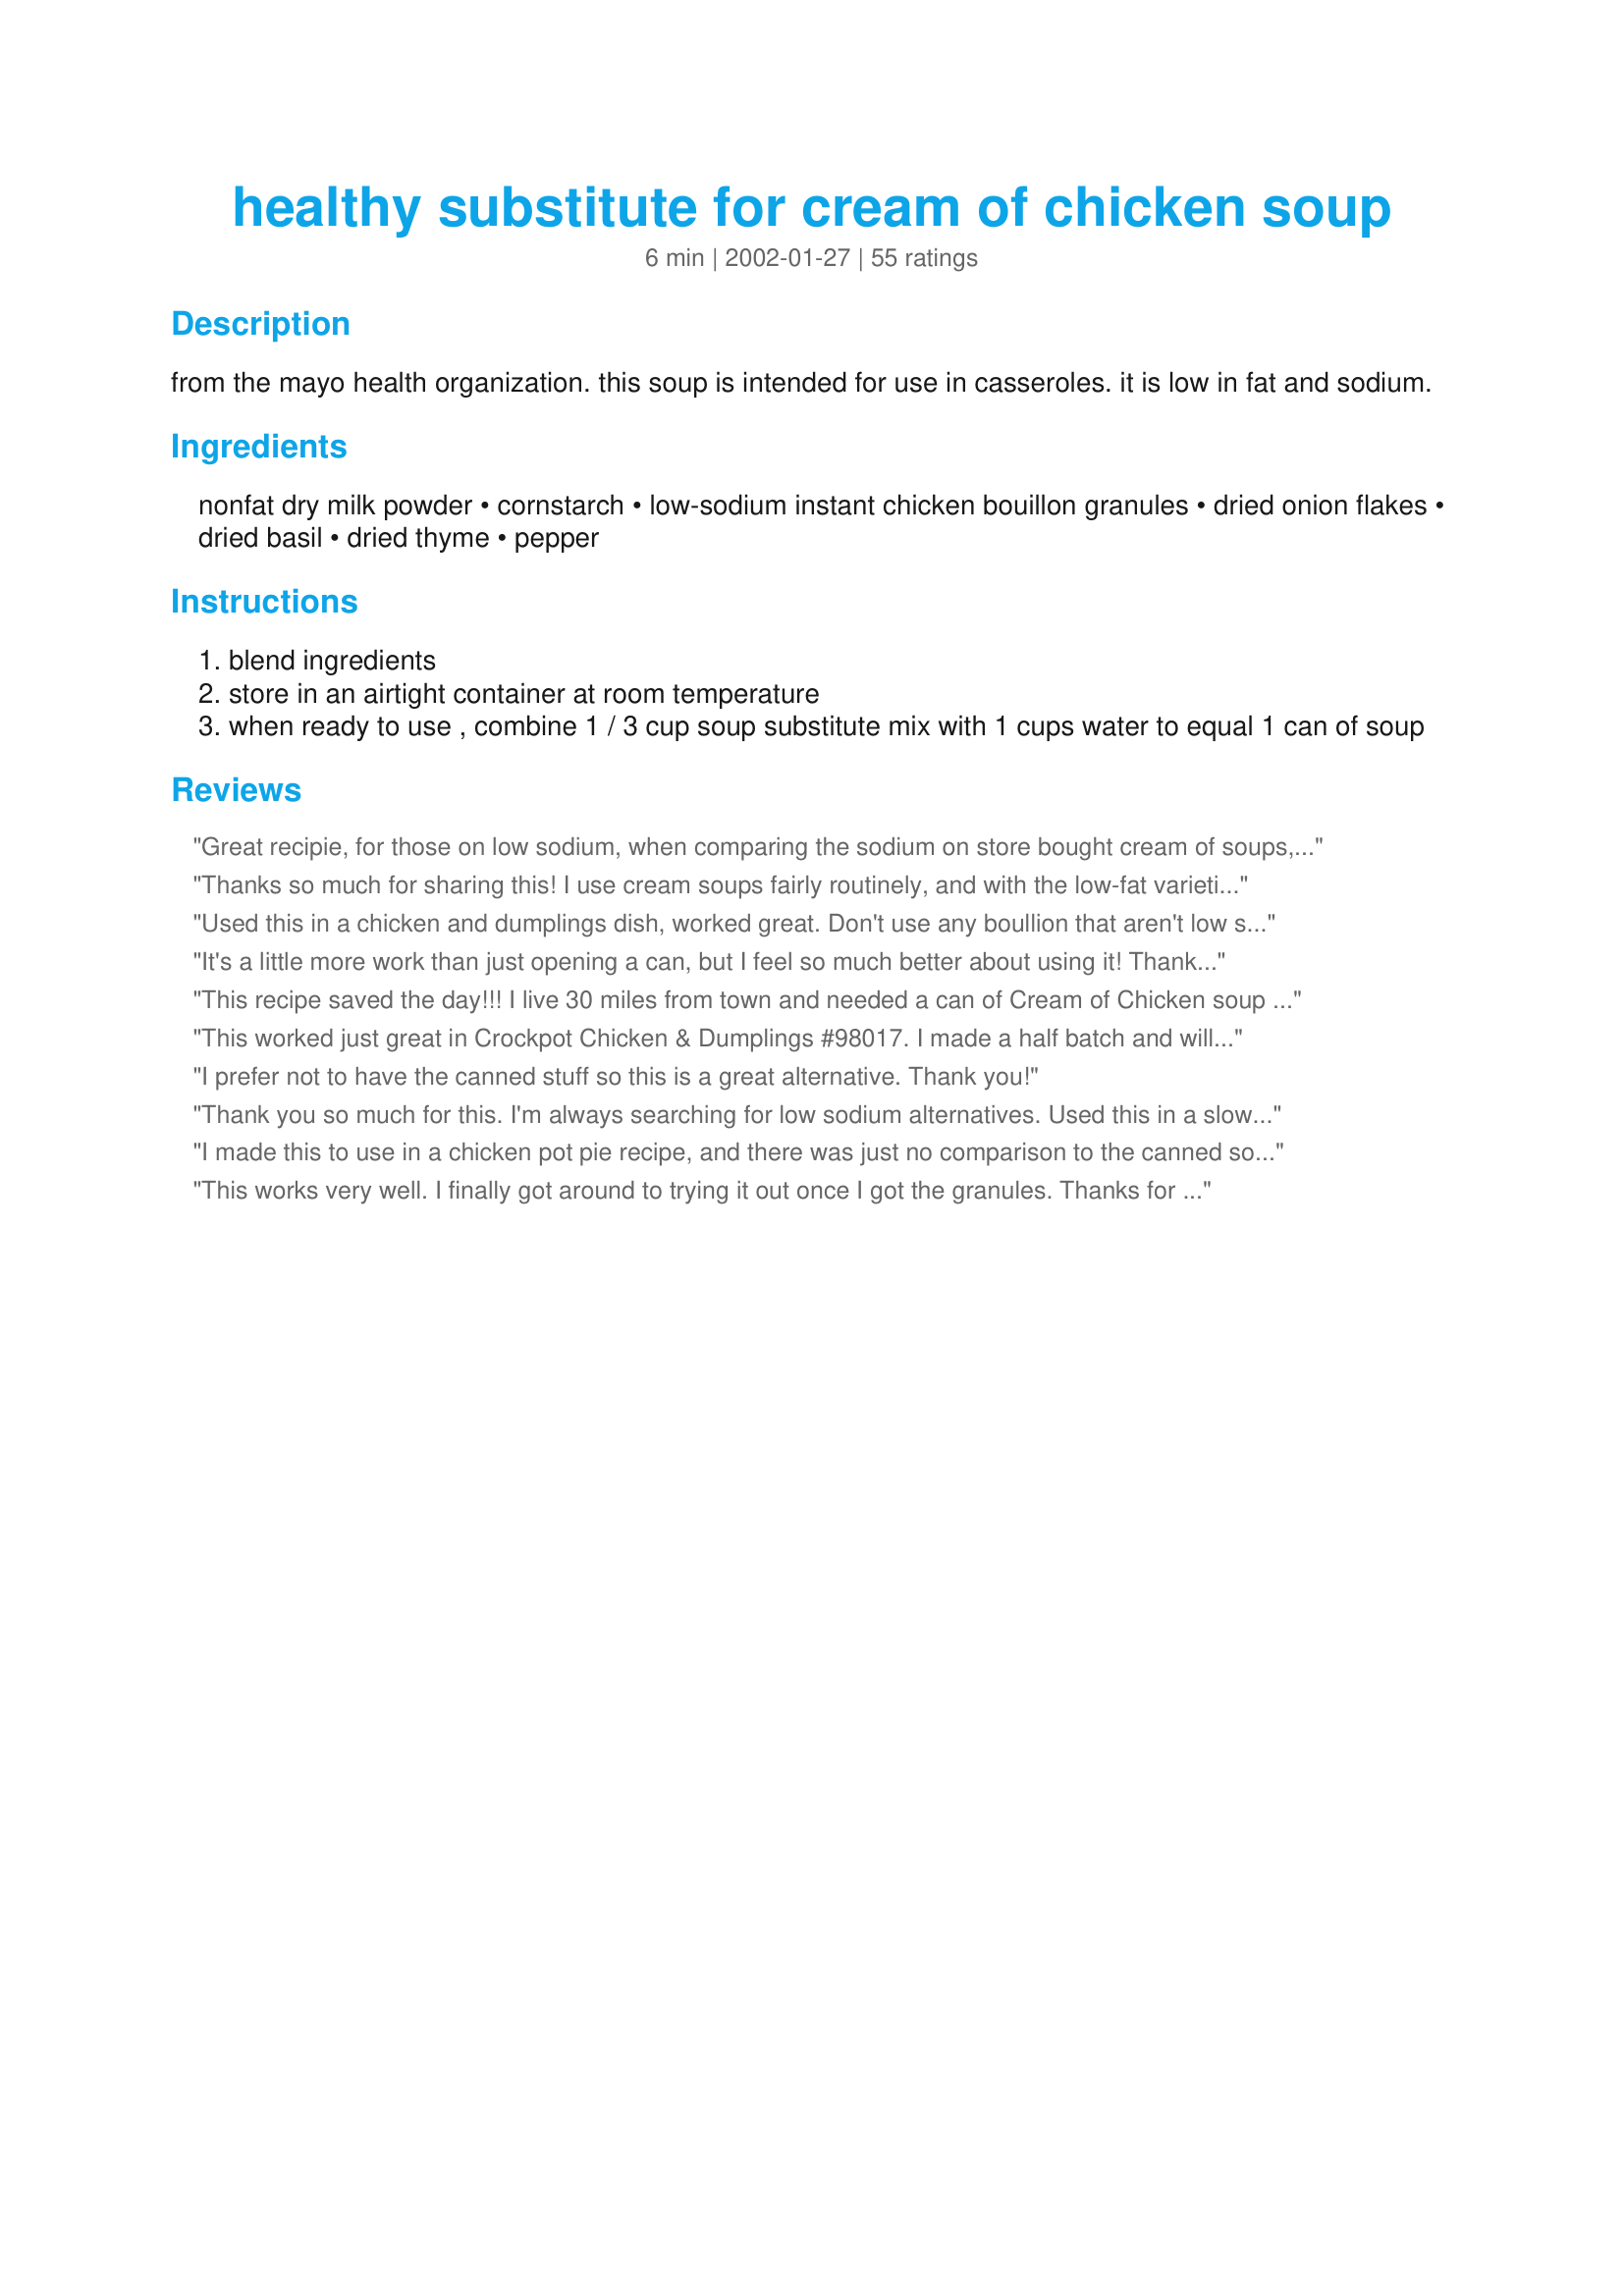
healthy substitute for cream of chicken soup
Preparation time: 6 minutes

from the mayo health organization. this soup is intended for use in casseroles. it is low in fat and sodium.

Ingredients:
nonfat dry milk powder, cornstarch, low-sodium instant chicken bouillon granules, dried onion flakes, dried basil, dried thyme, pepper

Steps:
blend ingredients
store in an airtight container at room temperature
when ready to use , combine 1 / 3 cup soup substitute mix with 1 cups water to equal 1 can of soup

Reviews:
Great recipie, for those on low sodium, when comparing the sodium on store bought cream of soups, and this I use it often. IT has allowed me to add alot of my old recipies back to our now low sodium diets, Thanks for posting...its absolutely wonderful.
Thanks so much for sharing this! I use cream soups fairly routinely, and with the low-fat varieties reaching nearly $1 per can, I'm really happy to have a cost-effective substitute. Plus, this version worked great in a casserole recipe recently. Thanks again!
Used this in a chicken and dumplings dish, worked great. Don't use any boullion that aren't low sodium it will be to salty.
It's a little more work than just opening a can, but I feel so much better about using it! Thanks for sharing!
This recipe saved the day!!! I live 30 miles from town and needed a can of Cream of Chicken soup for my recipe for company. I only made 1/6 of the recipe for one can of soup because I was short on boullion granuals to make the whole recipe. I will buy the ingredients to have this in my pantry from now on.
This worked just great in Crockpot Chicken & Dumplings #98017. I made a half batch and will use it whenever I need canned cream of chicken soup!
I prefer not to have the canned stuff so this is a great alternative. Thank you!
Thank you so much for this. I'm always searching for low sodium alternatives. Used this in a slow cooker chicken recipe and it turned out great. So easy - very happy to have this on hand.
I made this to use in a chicken pot pie recipe, and there was just no comparison to the canned soup. This was so much fresher and had none of the processed, chemical-ly quality that I taste in canned soup. The next time I use it in a pie, I will cut back the water just a little bit since it was a bit too watery. (I think this was a problem with my pie recipe, and not this one.) I'll use this often!
This works very well. I finally got around to trying it out once I got the granules. Thanks for this recipe. It will go into my perm. file, and I will use it when I want to try any creamy dishes that call for that :-O canned stuff! hehe Thanks again!!!!
I made a batch up, but used homemade low sodium bouillon (it contains nutritional yeast for flavor). I also added 2 Tbl of home dried chopped white mushrooms. After making it up and doing a test run of one can worth, I decided it needed about 2 more Tbl of the bullion added to the master mix.
Otherwise great mix! It works well for doing backpacking meals, and lets me stay on my low sodium diet.
Thanks!
I needed cream of chicken soup for a crockpot recipe and I knew I didn't have any,so I came to "Zaar" to do a search. And came across this recipe, cut it down to make just one can. Worked great for the recipe that it was needed for. R.I.P. Miller. :)
I don't like recipes that contain condensed canned soups because I don't keep it on hand. Sometimes I will break down and buy a can or two if I really want to try out a recipe, but now that I have found this... never again! I always have all these ingredients on hand and I can just whip up a batch whenever I need it. I like the fact that I can adjust the seasonings to our tastes and it can easily be made into a cream of mushroom by throwing in some sauteed mushrooms. Thanks for a tasty and economical solution to my condensed soup dilemma!!!
Work great. I hate the canned stuff, so this was perfect.
WOW! This is a keeper. I put the water and dry mix together into a Tupperware gravy shaker and then cooked/whisked together until thick; then used in a casserole recipe. Don't think I will ever purchase the canned stuff again (sorry Campbells!!). Thanks for posting.
I make alot of my own spice mixes and seasonings. I was glad to add this to my list,I will never have to run to the store for a cream soup again. Thank U for listing this recipe...
Not too shabby!
I really don't enjoy using canned cream of whatever soups, the consistency of them just really turns me off. So I was really pleased to find this recipe, and I used it to make No Cheese Whiz Broccoli Rice Casserole #105080.
One thing to remember; when you use this mix, you're pretty much removing all salt (and the flavor it provides) from the dish you're making, so you might want to adjust accordingly. That said, I'm pretty sure I'll be using this recipe again. Thanks!
Used this in a casserole and did not reconstitute it first. Great to know it is better for us and still gives that flavor needed in such things. Thanks for sharing!
Cheap, easy and you have everything you need in the cupboard. I used this to make a soup that needed a can of cream of chicken and it was just fine. I need to remember it for the future--I'm sure there are a lot of places this can be substituted.
This is what I have been looking for. I always have some in stock. I will never go back to Campbells again. I love being able to control the sodium by using no salt boullion (which isn't always easy to find), so I can still fix our favorite dinners using Canned soup just without all the salt, and the kids don't miss it at all. We are all happy. Thank you so much for sharing.
Used this in Recipe #54393 today and was very pleased! Much more appealing looking than the canned variety and undoubtedly healthier! Also, much easier to keep the dry ingredients on hand than the cans! I will definitely be using this again!
Oh, terrific stuff. I used it in some little shrimp pot pies for my freezer, which I haven't had in ages because the recipes all seem to want canned soup and/or heavy cream. This has solved that dilemma for me in a big way. Zippy and flavorful, and totally convenient to mix together. Thanks a ton, Mille.
This is the greatest stuff since sliced bread!! :-) I use it for everything I thicken my white clam sauce with it, I have made clam chowder with it, and continie to find all kinds of uses for it. I teach a cooking class at the university here (Continuing Ed. for Seniors)I give them all this recipe. It is so great because of the reduced sodium and fat. Thanks.
BTW; Do you cook it before you use it? I have done it both ways, byt maybe it does not need to be cooked at all? :-)
I can't believe that I have not rated this miracle staple in my pantry yet!!!! This is much better than the expensive canned stuff we have been using. My 9 yr. old and 10 yr. old like to lick the spoon, after it cools, of course. Thanks for posting such a good soup mix.
What a wonderful thing to have in your pantry for emergencies or every day use! I needed cream of chicken soup and had none. This recipe allowed me to make a favorite recipe in a jam. I love it and plan on giving the recipe to everyone in my family. Thank you for saving the day and posting this recipe!!!
This was awesome! I was halfway into making dinner when I realized the can of cream of chicken soup I thought was in the pantry had been used. Zaar saved me a trip to the store. It worked absolutely great. The only thing I will probably change next time is they thyme because I discovered my family doesn't particularly care for it. I will definitely be using this instead of the expensive & unhealthy canned versions.
I've been looking for a healthy alternative for all those "hot dishes" I make for my family. The only change I made was I left out the bouillon granules and replaced the water with organic beef broth (to skip some more additives and preservatives). It turned out so yummy! I even used it to replace the cream of mushroom soup in my mom's cheesy potatoes recipe and it worked wonderfully! Thanks for posting such a great recipe!
Thanks so much for posting this recipe. I am recovering from a heart attack and am revamping my recipes for no or very low sodium diet restriction and this recipe will be invaluable for all those yummy winter crock pot meals and casseroles for the holidays.
I tried this once and now it is a staple in my cupboard. I used it in a crockpot pork chop recipe that called for canned cream of chicken soup. It turned out great and it is so much better for you. Thanks!!!
this is awesome! i always keep a supply of this in my pantry now. it is so convenient to use (once it is made) and i can control how much i want to use - a little more or less than a can is no problem! and i feel so much better feeding this to my family. thanks a bunch, MilleÂ®!
This was so easy and made such a yummy addition to Recipe #126137. When my 9 month old son wanted a bite I didn't hesitate because of all the junk in canned soups. Hooray! I made half a batch and put it in a mason jar for storage...I'm sure I will keep refilling with whole batches as needed! Thanks so much for posting! Made for Healthy Choices 2008.
Another great item to have that I got from the Zaar! Cream of chicken is N/A here so this is really a life and time saver! I used it in a corn chowder instead of the milk. Thanks for sharing!
My little girl is allergic to Garlic and i cant buy store bought soups or broths so this is a life saver for me!!!! I used evaporated milk(same amount as calls for powdered milk) instead of powdered milk since i didnt have any and cut the recipe down to two.I also added chicken broth in the same amount as milk. I cant use bouillon cubes either so I used my homemade broth in place of this as well(same amount as bouillon). It still turned out wonderful. I also used this to make a gravy for my chicken and added a little salt to the recipe. My husband LOVED it and suggested I just make the soup and just put the chicken and corn I made with it in it and make a chowder. So this is a crowd pleaser with my bunch. Thanks sooo much.I can do so much from this one recipe I couldnt do before!!!!
This is a great, healthy substitute. I used this to make recipe 31656, The Best Ever Crock Pot Lemon Pepper Chicken. I was able to find instant chicken bouillon powder (Wyler's) that is salt free. I didn't have any nonfat dry milk powder, but I had everything else, so I omitted it and used skim milk with the soup substitute to make the gravy. My recipe turned out excellent. Thanks for this healthy alternative.
I needed some cream of chicken soup for a dish I was preparing, Stovetop Macaroni and Cheese with Tomatoes recipe #78590 and found I didn't have any. Typed in a search and here I am. It worked just fine. I guess you can say I kicked the can.
I doubled this and it worked out to 13 ziplock baggies with 1/3 cup of mix each. The only thing I did differently is I omitted the chicken bouillon granules at first, and then added 1/2 tsp to each bag after separated. I only did this to further cut down on sodium. I made up a serving today for a casserole and it tasted great! Thanks for such a great and healthy alternative!
This turned out pretty good but I would have liked it a little thicker. Made my recipe a little watery. Not sure I'll use it again, not because of the taste but the texture of the final result.
I'm using this recipe to sub for the soup called for in the Cracker Barrel Old Store Hash Brown Casserole recipe to help reduce the calories and fat. My many thanks, and from my mom, too. It has become a tradition to go to Cracker Barrel when we visit each other and that is a "must have". When she comes to Colorado to visit, I'm going to serve her this as a part of a special brunch in her honor.
This is amazing, I can't believe I've been paying for the canned stuff all this time. From now on this will always be in my pantry. I used onion powder and loved it that way. It worked perfect in my chicken and rice casserole. Thank you!
This is GREAT! I had to use regular milk, fresh sauteed onions and chicken soup base as subs, but I will be trying the recipe as is when I gather the ingredients. It'll be so nice to have this on hand. This is so much better than canned. Thanks for the recipe!
THANK YOU! I'd been meaning to find a recipe for cream of chicken soup for a long time, and this was easier than I could have imagined. I scaled it back for 2 cans worth b/c I was short on corn starch, and that's all I needed anyway for my Black Eyes of Texas casserole for good luck today. It worked perfectly! This has instantly become a staple for us...thanks so much for posting and Happy New Year!!
Great stuff! Thanks.
I have made this several times. It is a great substitute for canned cream of chicken soup. I have also added mushrooms and used it as a substitute for cream of mushroom soup. I have not tried it yet but you could add some chopped celery and maybe some celery seed and substitute for canned cream of celery soup. My husband has celiac disease and this works great for his gluten free diet.
I cant remember the recipe I used this in, but it turned out great. Now I dont havta use or keep the canned stuff on hand.
This was not good at all, sorry. I found it to be inedible. There are a number of similar recipes for this on food.com to which this review applies.
This recipe is pretty good. I was using it to substitute for condensed soup, though. I had to reduce my final product down quite a bit. If I reduce the amount of water, I assume I can alleviate this. Did not taste totally accurate, but it is a substitution, not a healthy clone.
Just made this for the first time and it worked out great. The only problem I found as it was too thin and runny. I heated it up in some cooked ground beef for a casserole that I was making and it thickened up nicely. It either needs to be thickened by heating it up in a pan by itself or with something else that you are cooking. Try making with Herb Ox sodium free chicken granulated bullion by Hormel. This Herb Ox also makes great sodium free chicken broth.
This worked out beautifully for me. So glad I finally tried it. However, for our family's own preferences, I won't be adding the thyme to future batches. Not that I didn't like the flavor, just that the thyme didn't really go well with the Asian flavor of the dish I was making. Think I'll leave it out and add to separate dishes as needed. Thanks so much.
Great recipe. I am on my second batch now. This last time I ran out of chicken bouillon so I subbed in a little beef to finish out the 1/4 cup called for and it was still good. I ran across this recipe in the 1990's but I had forgotten about it until I saw it here again. I won't go back to the salt and fat in Campbell's. I know what is in this soup. Thanks much.
This is a life saver!! I'm always in need of cream of chicken for recipes here and there and I LOVE that it is low sodium and low fat. Thank you so much!
I thought I had a can of cream of chicken soup and I was making Recipe #153599. I made this up and used it. It had a good taste to it but it was rather thin. I have the remaining mix so will play with it a bit next time I need it for a recipe.
Fantastic recipe! Came in very handy when I realized I didn't have a can of soup on me. I didn't have any powdered milk so I used evaporated milk and it worked wonderfully!! Definitely a keeper!
Easy to make and very tasty. I first mixed together the powder milk, cornstarch and bouillon granules, and processed it in my blender to make a nice fine powder- then I added the seasonings. Thanks for the newest addition to my pantry!
This is great. I usually don't use cream soup in recipes, but this doesn't taste like canned soup. It tastes home made. I think using it in recipes improves the taste.
Cream soups usually contain msg which we try to limit for my son so I used no msg bouillon and subbed this in a casserole. It was great! Thanks=)
